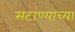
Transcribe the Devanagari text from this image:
सटाण्याच्या